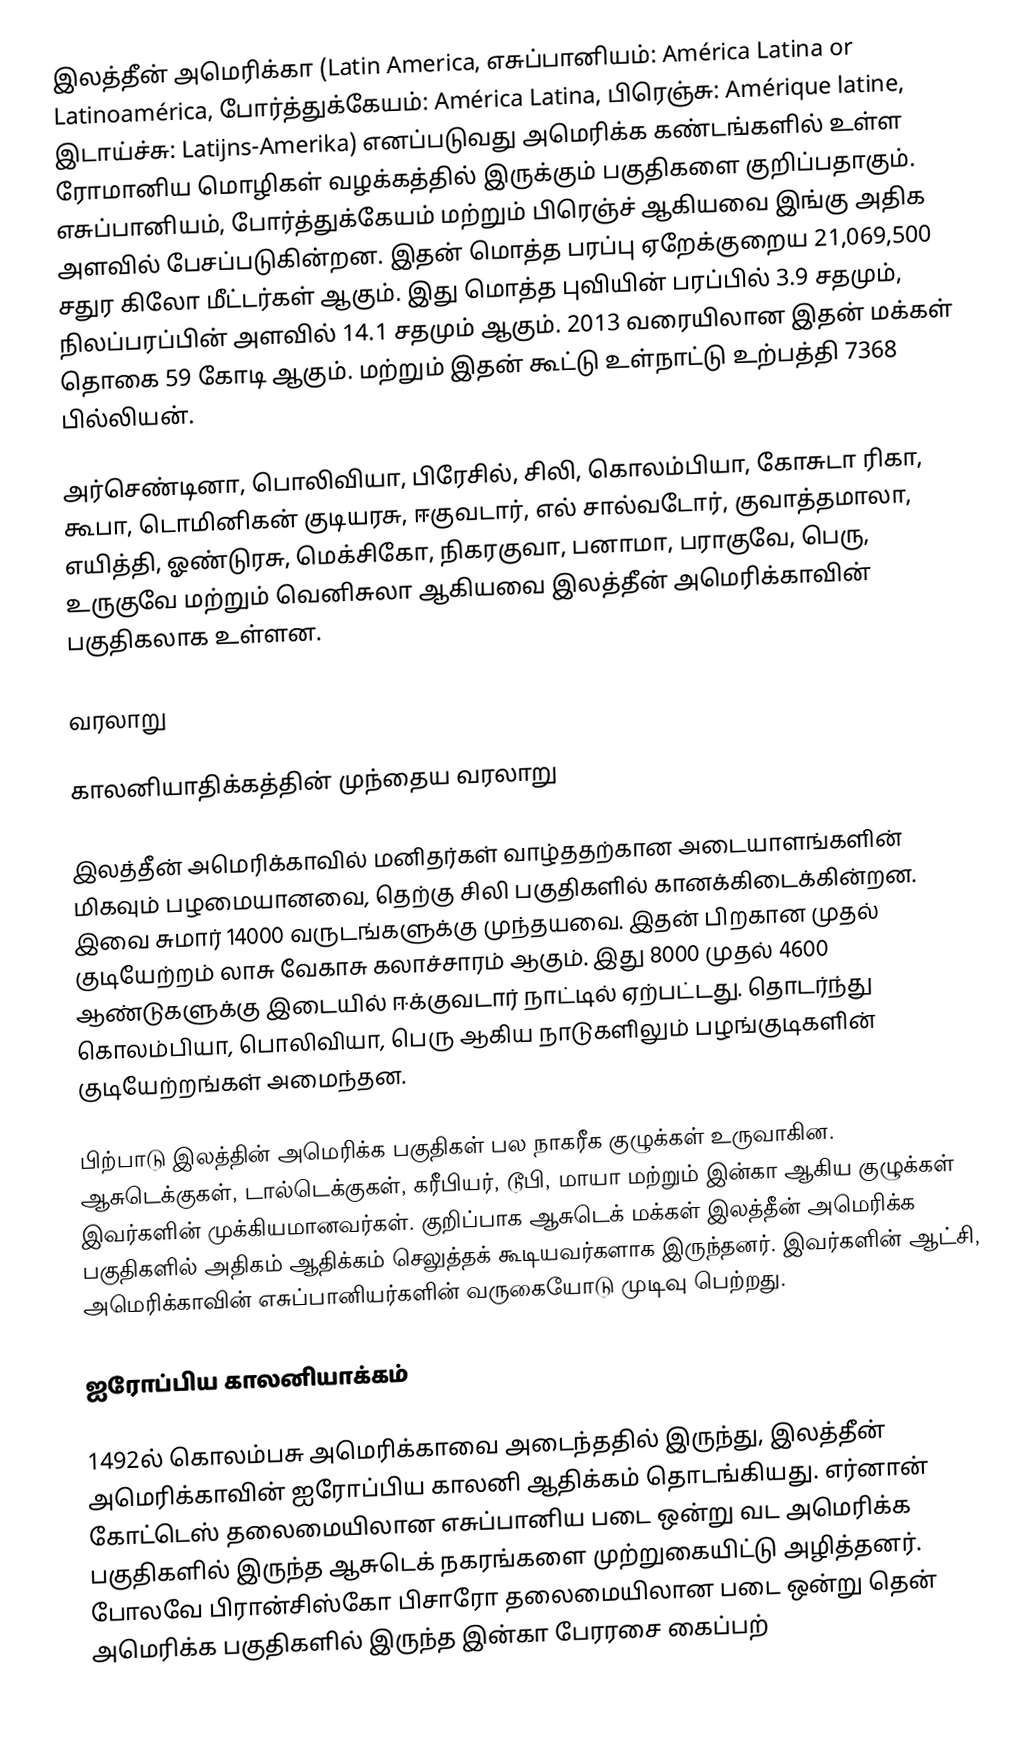
இலத்தீன் அமெரிக்கா (Latin America, எசுப்பானியம்: América Latina or Latinoamérica, போர்த்துக்கேயம்: América Latina, பிரெஞ்சு: Amérique latine, இடாய்ச்சு: Latijns-Amerika) எனப்படுவது அமெரிக்க கண்டங்களில் உள்ள ரோமானிய மொழிகள் வழக்கத்தில் இருக்கும் பகுதிகளை குறிப்பதாகும். எசுப்பானியம், போர்த்துக்கேயம் மற்றும் பிரெஞ்ச் ஆகியவை இங்கு அதிக அளவில் பேசப்படுகின்றன. இதன் மொத்த பரப்பு ஏறேக்குறைய 21,069,500 சதுர கிலோ மீட்டர்கள் ஆகும். இது மொத்த புவியின் பரப்பில் 3.9 சதமும், நிலப்பரப்பின் அளவில் 14.1 சதமும் ஆகும். 2013 வரையிலான இதன் மக்கள் தொகை 59 கோடி ஆகும். மற்றும் இதன் கூட்டு உள்நாட்டு உற்பத்தி 7368 பில்லியன்.

அர்செண்டினா, பொலிவியா, பிரேசில், சிலி, கொலம்பியா, கோசுடா ரிகா, கூபா, டொமினிகன் குடியரசு, ஈகுவடார், எல் சால்வடோர், குவாத்தமாலா, எயித்தி, ஓண்டுரசு, மெக்சிகோ, நிகரகுவா, பனாமா, பராகுவே, பெரு, உருகுவே மற்றும் வெனிசுலா ஆகியவை இலத்தீன் அமெரிக்காவின் பகுதிகலாக உள்ளன.

வரலாறு

காலனியாதிக்கத்தின் முந்தைய வரலாறு

இலத்தீன் அமெரிக்காவில் மனிதர்கள் வாழ்ததற்கான அடையாளங்களின் மிகவும் பழமையானவை, தெற்கு சிலி பகுதிகளில் கானக்கிடைக்கின்றன. இவை சுமார் 14000 வருடங்களுக்கு முந்தயவை. இதன் பிறகான முதல் குடியேற்றம் லாசு வேகாசு கலாச்சாரம் ஆகும். இது 8000 முதல் 4600 ஆண்டுகளுக்கு இடையில் ஈக்குவடார் நாட்டில் ஏற்பட்டது. தொடர்ந்து கொலம்பியா, பொலிவியா, பெரு ஆகிய நாடுகளிலும் பழங்குடிகளின் குடியேற்றங்கள் அமைந்தன.

பிற்பாடு இலத்தின் அமெரிக்க பகுதிகள் பல நாகரீக குழுக்கள் உருவாகின. ஆசுடெக்குகள், டால்டெக்குகள், கரீபியர், டூபி, மாயா மற்றும் இன்கா ஆகிய குழுக்கள் இவர்களின் முக்கியமானவர்கள். குறிப்பாக ஆசுடெக் மக்கள் இலத்தீன் அமெரிக்க பகுதிகளில் அதிகம் ஆதிக்கம் செலுத்தக் கூடியவர்களாக இருந்தனர். இவர்களின் ஆட்சி, அமெரிக்காவின் எசுப்பானியர்களின் வருகையோடு முடிவு பெற்றது.

ஐரோப்பிய காலனியாக்கம்

1492ல் கொலம்பசு அமெரிக்காவை அடைந்ததில் இருந்து, இலத்தீன் அமெரிக்காவின் ஐரோப்பிய காலனி ஆதிக்கம் தொடங்கியது. எர்னான் கோட்டெஸ் தலைமையிலான எசுப்பானிய படை ஒன்று வட அமெரிக்க பகுதிகளில் இருந்த ஆசுடெக் நகரங்களை முற்றுகையிட்டு அழித்தனர். போலவே பிரான்சிஸ்கோ பிசாரோ தலைமையிலான படை ஒன்று தென் அமெரிக்க பகுதிகளில் இருந்த இன்கா பேரரசை கைப்பற்